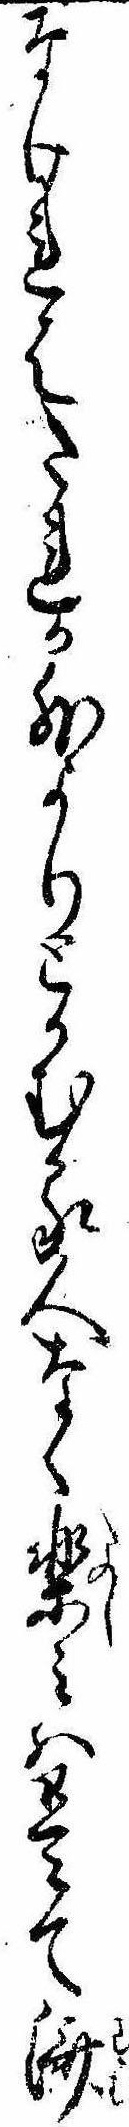
なけれはたれか外よりとかむる人なく楽みは是て済